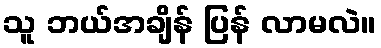
သူ ဘယ်အချိန် ပြန် လာမလဲ။